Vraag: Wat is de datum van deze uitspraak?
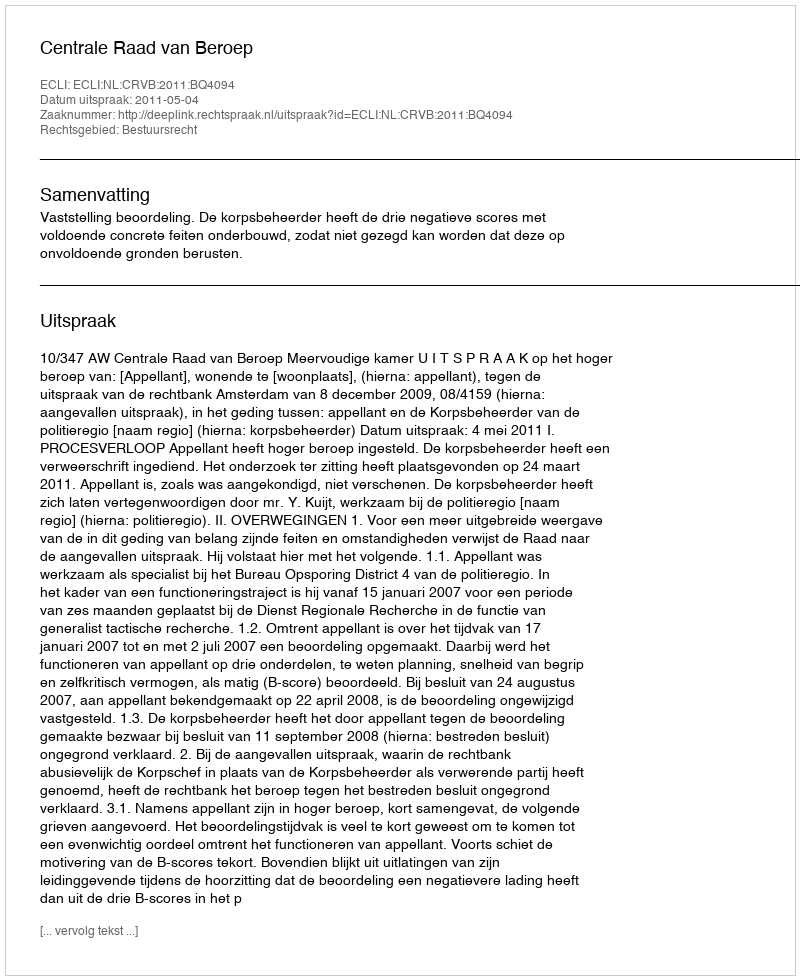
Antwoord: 2011-05-04